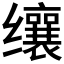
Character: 𬙋